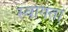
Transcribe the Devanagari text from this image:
स्वागता